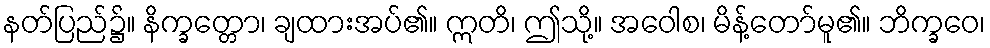
နတ်ပြည်၌။ နိက္ခတ္တော၊ ချထားအပ်၏။ ဣတိ၊ ဤသို့။ အဝေါစ၊ မိန့်တော်မူ၏။ ဘိက္ခဝေ၊